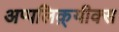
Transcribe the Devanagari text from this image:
अप्पलिक़्यीक्स